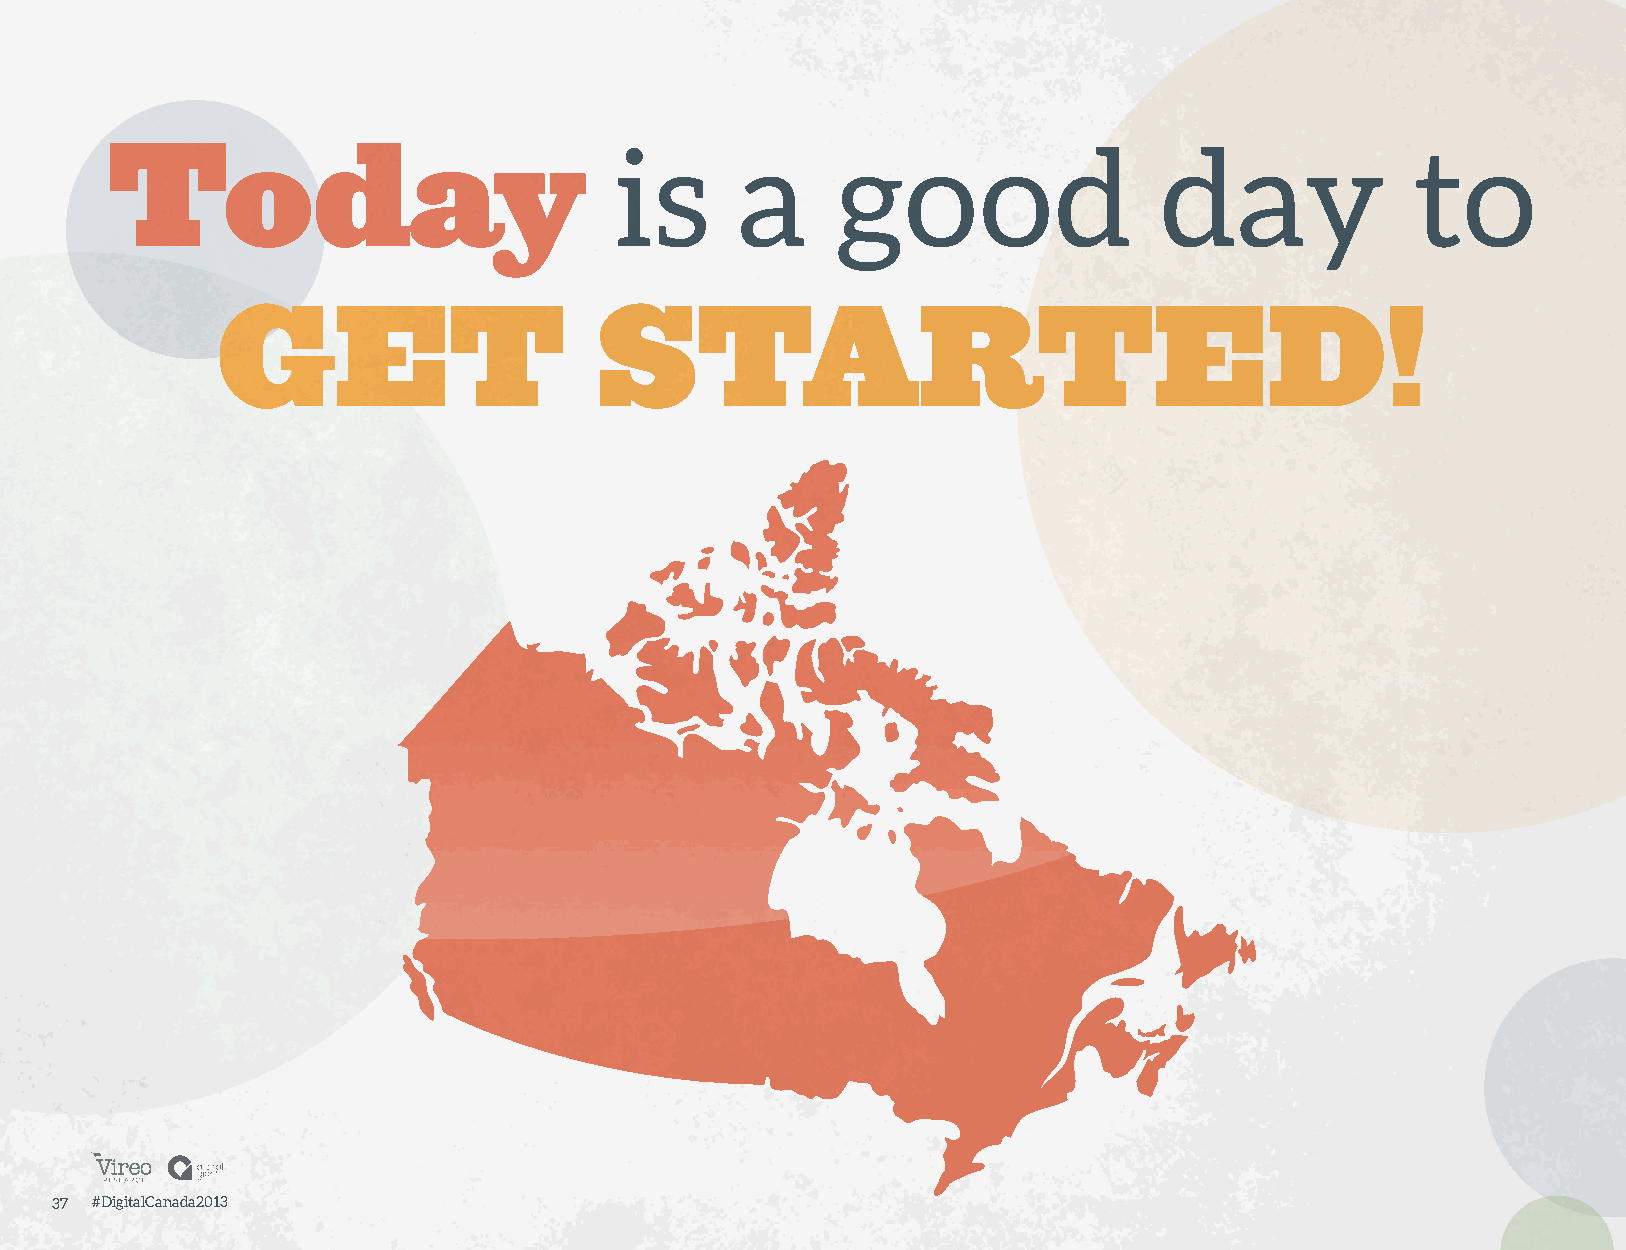
is      a     good                  day              to
 Today
 GET                      STARTED!
 37 #DigitalCanada2013